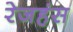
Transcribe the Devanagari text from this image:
रेजहंस